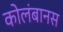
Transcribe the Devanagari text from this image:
कोलंबानस